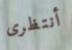
أنتظرى